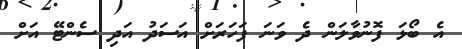
އެ ބޯޅަ ފޮނުވާލަން ދެ ވަނަ ފަހަރަށް އަސަދު އަދި ސެންޓޭ އަށް